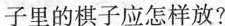
子里的棋子应怎样放?